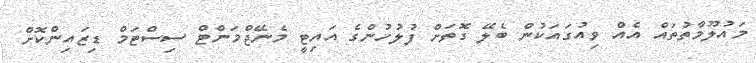
މައުލޫމާތުތައް އެއް ވިއުގައަކުން ބެލޭ ގޮތަށް ފުލުހުންގެ އައިޓީ މެނޭޖްމަންޓް ސިސްޓަމް ޑިޒައިންކޮށް